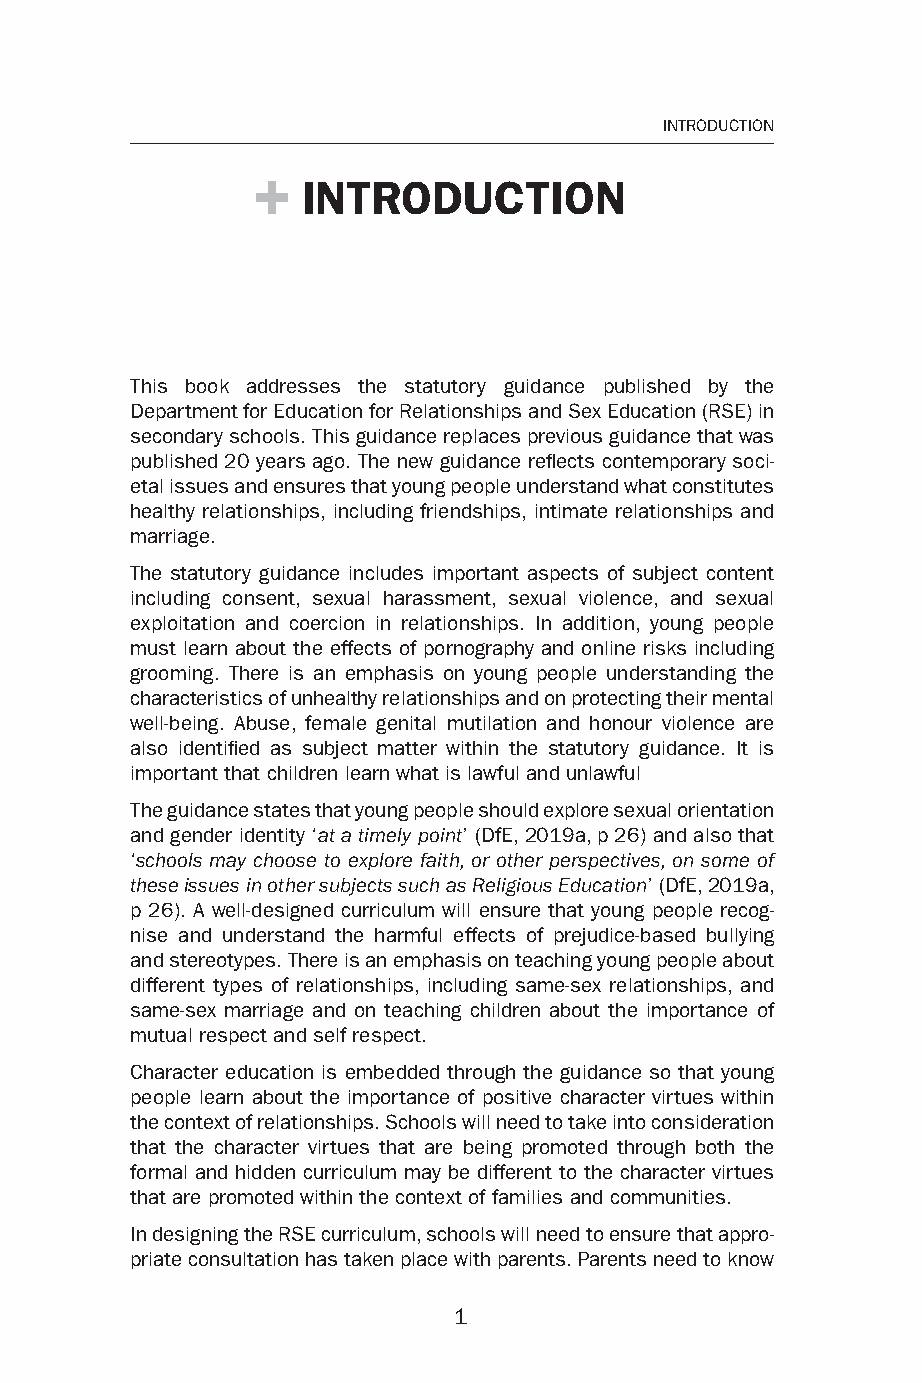
1
 INTRODUCTION
 INTRODUCTION
 This book addresses the statutory guidance published by the
 Department for Education for Relationships and Sex Education (RSE) in
 secondary schools. This guidance replaces previous guidance that was
 published 20 years ago. T he new guidance refl ects contemporary soci-
 etal issues and ensures that young people understand what constitutes
 healthy relationships, including friendships, intimate relationships and
 marriage.
 The statutory guidance includes important aspects of subject content
 including consent, sexual harassment, sexual violence, and sexual
 exploitation and coercion in relationships. In addition, young people
 must learn about the effects of pornography and online risks including
 grooming. There is an emphasis on young people understanding the
 characteristics of unhealthy relationships and on protecting their mental
 well- being. Abuse, female genital mutilation and honour violence are
 also identifi ed as subject matter within the statutory guidance. It is
 important that children learn what is lawful and unlawful
 The guidance states that young people should explore sexual orientation
 and gender identity ‘ at a timely point ’ (DfE, 2019a , p 26) and also that
 ‘ schools may choose to explore faith, or other perspectives, on some of
 these issues in other subjects such as Religious Education ’ (DfE, 2 019a ,
 p 26). A well-d esigned curriculum will ensure that young people recog-
 nise and understand the harmful effects of prejudice-b ased bullying
 and stereotypes. T here is an emphasis on teaching young people about
 different types of relationships, including same-s ex relationships, and
 same- sex marriage and on t eaching children about the importance of
 mutual respect and self respect.
 Character education is embedded through the guidance so that young
 people learn about the importance of positive character virtues within
 the context of relationships. Schools will need to take into consideration
 that the character virtues that are being promoted through both the
 formal and hidden curriculum may be different to the character virtues
 that are promoted within the context of families and communities.
 In designing the RSE curriculum, schools will need to ensure that appro-
 priate consultation has taken place with parents. Parents need to know
 1
 99778811991133006633665588__ppii--113300..iinndddd 11 0044--MMaarr--2200 2200::3300::1199